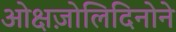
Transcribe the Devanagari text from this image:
ओक्षज़ोलिदिनोने